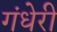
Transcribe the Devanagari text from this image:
गंधेरी